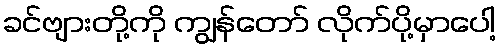
ခင်ဗျားတို့ကို ကျွန်တော် လိုက်ပို့မှာပေါ့